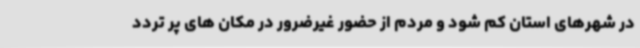
در شهرهای استان کم شود و مردم از حضور غیرضرور در مکان های پر تردد